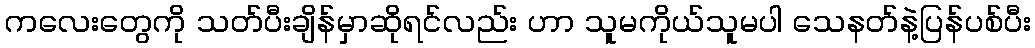
ကလေးတွေကို သတ်ပီးချိန်မှာဆိုရင်လည်း ဟာ သူမကိုယ်သူမပါ သေနတ်နဲ့ပြန်ပစ်ပီး